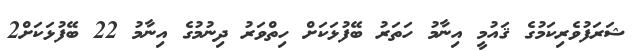
ޝަރަފުވެރިކަމުގެ ޤައުމީ އިނާމު ހަތަރު ބޭފުޅަކަށް ހިތްވަރު ދިނުމުގެ އިނާމު 22 ބޭފުޅަކަށް2